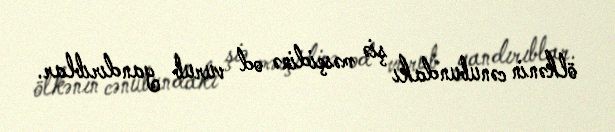
ölkənin cənubundakı şiə məsçidinə od vurub yandırıblar.